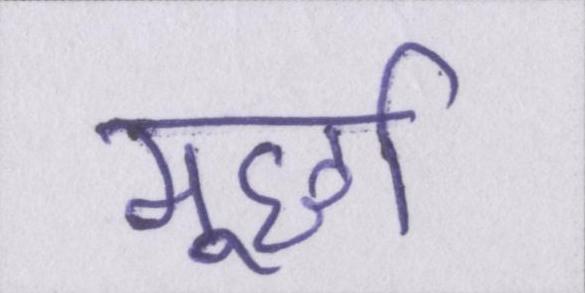
मूर्छा